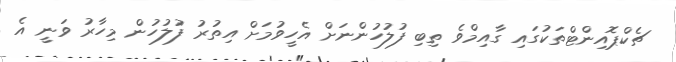
ޗެކްޕޮއިންޓްތަކުގައި ގާއިމްވެ ތިބި ފުލުހުންނަށް އެހީވުމަށް އިތުރު ފުލުހުން މިހާރު ވަނީ އެ